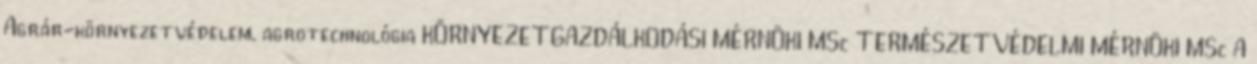
Agrár-környezetvédelem, agrotechnológia KÖRNYEZETGAZDÁLKODÁSI MÉRNÖKI MSc TERMÉSZETVÉDELMI MÉRNÖKI MSc A